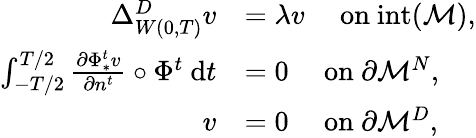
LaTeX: \begin{array}{rl}{\Delta_{W(0,T)}^{D}v}&{=\lambda v\quad\mathrm{~on~int}(\mathcal{M}),}\\ {\int_{-T/2}^{T/2}\frac{\partial\Phi_{*}^{t}v}{\partial n^{t}}\circ\Phi^{t}\mathrm{~d}t}&{=0\quad\mathrm{~on~}\partial\mathcal{M}^{N},}\\ {v}&{=0\quad\mathrm{~on~}\partial\mathcal{M}^{D},}\end{array}